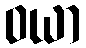
ဝယာ